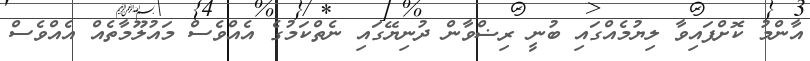
އާންމު ކޮށްފައިވާ ލިޔުމެއްގައި ބުނީ ރިޟްވާން ދުނިޔޭގައި ނެތްކަމުގެ އެއްވެސް މައުލޫމާތެއް އެއްވެސް